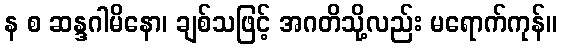
န စ ဆန္ဒဂါမိနော၊ ချစ်သဖြင့် အဂတိသို့လည်း မရောက်ကုန်။